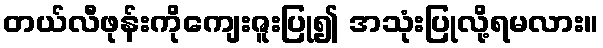
တယ်လီဖုန်းကိုကျေးဇူးပြု၍ အသုံးပြုလို့ရမလား။